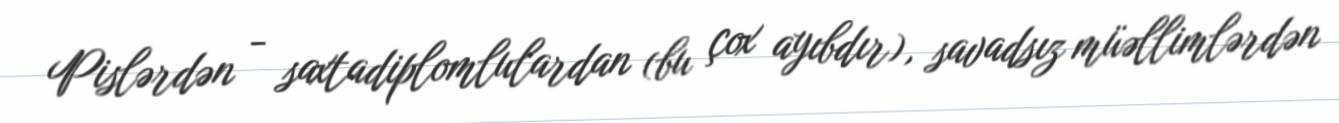
Pislərdən - saxtadiplomlulardan (bu çox ayıbdır), savadsız müəllimlərdən